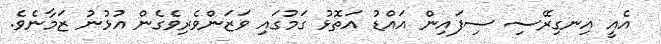
އެއީ އިނގިރޭސި ސިފައިން އައްޑު އަތޮޅު ގަމުގައި ވަޒަންވެރިވެގެން އުޅުނު ޒަމާނެވެ.